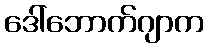
ဒေါ်ဘောက်ဂျာက